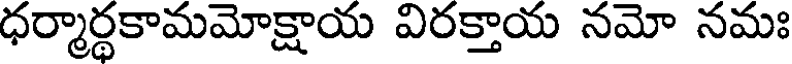
ధర్మార్థకామమోక్షాయ విరక్తాయ నమో నమః